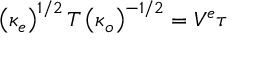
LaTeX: \left( \kappa _ { e } \right) ^ { 1 / 2 } T \left( \kappa _ { o } \right) ^ { - 1 / 2 } = V ^ { e } \tau